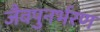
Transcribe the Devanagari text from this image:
जैवपुनर्भरण